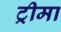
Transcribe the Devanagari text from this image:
ट्रीमा